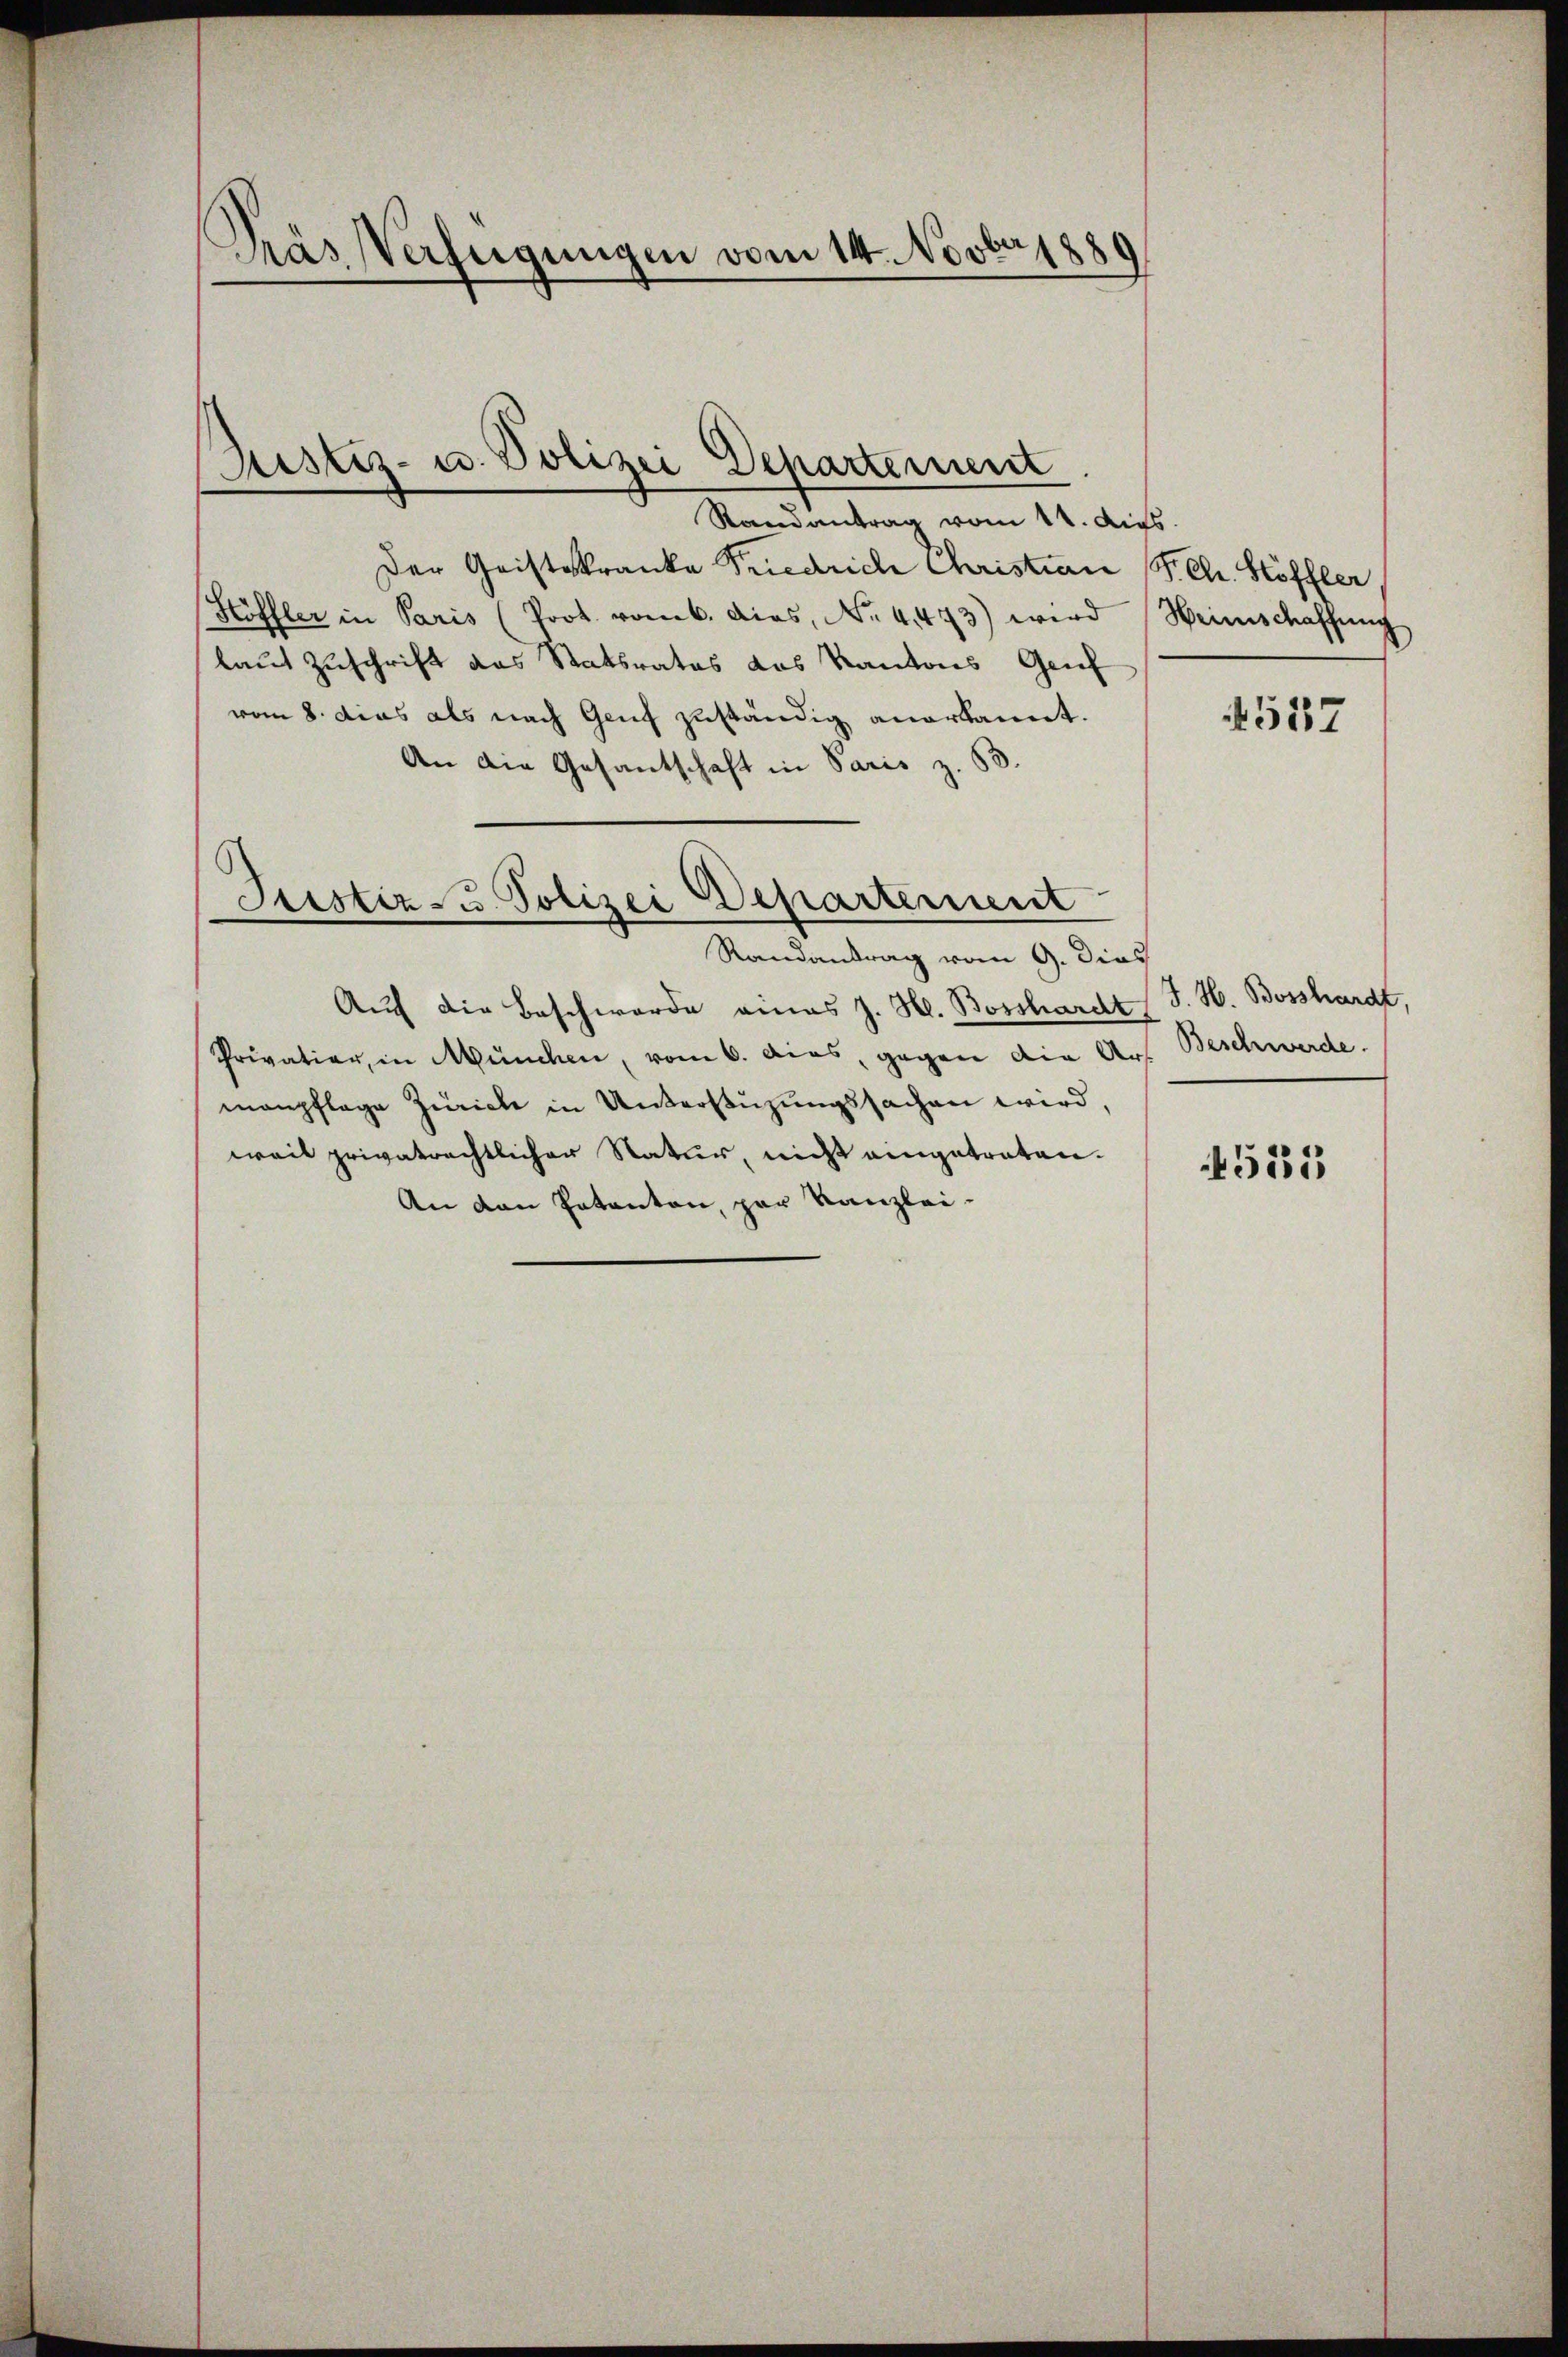
Pras Verfügungen vom 14. Novbr. 1889

Justiz- u. Polizei Departement

Randantrag vom 11. Aus
Der Geisteskranke Priedrich Christian P. Ch. Stöffler
Höffler in Paris (Prot. vom 6. dies, No. 4473) wird Weinschaffŭng
laut Zuschrift das Statsrates das Kantons Gruf
vom 8. Das als nach Genf zuständig anerkannt.
An die Gesandschaft in Paris z. 63.
s
Justiz- & Polizei Departement
Randantrag vom 9. Dies
Auf die Beschwerde eines J. H. Bosshardt J. H. Bosshardt,
Privation, in München, vom 6. Acas, gegen die Art
menpflage Zürich in Unterstüzungssachen wird,
weil privatrechtlicher Natur, nicht eingetreten.
An den Patanton, par Kanzlei-

4537

Beschwerde.

555